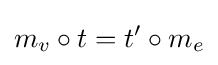
m_{v}\circ t=t'\circ m_{e}